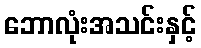
ဘောလုံးအသင်းနှင့်